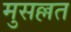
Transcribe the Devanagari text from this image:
मुसल्लत